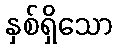
နှစ်ရှိသော